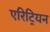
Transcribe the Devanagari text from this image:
एरिट्रियन